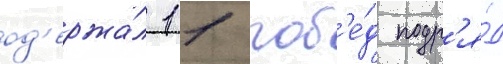
од'ержа́л 11 поб'е́д подр'я́д